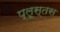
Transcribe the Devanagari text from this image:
प्लूस्तस